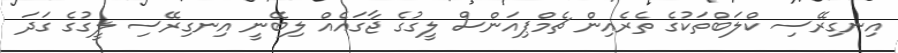
އިނގިރޭސި ކްލަބްތަކުގެ ތެރެއިން ޗެމްޕިއަންސް ލީގުގެ ޖާގައެއް ލިބޭނީ އިނގިރޭސި ލީގުގެ ގަދަ